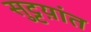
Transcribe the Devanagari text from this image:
सुट्टय़ांत